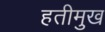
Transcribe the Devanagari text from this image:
हतीमुख